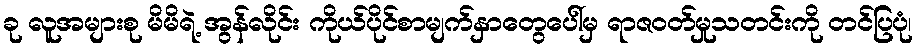
ခု လူအများစု မိမိရဲ့ အွန်လိုင်း ကိုယ်ပိုင်စာမျက်နှာတွေပေါ်မှ ရာဇဝတ်မှုသတင်းကို တင်ပြပုံ၊